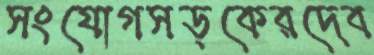
সংযোগসড়কেরদেব